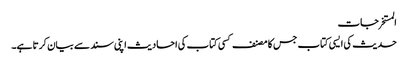
المستخرجات
حدیث کی ایسی کتاب جس کا مصنف کسی کتاب کی احادیث اپنی سند سے بیان کرتا ہے۔